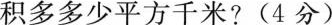
积多多少平方千米? (4分)